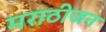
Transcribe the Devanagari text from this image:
मराठीजन